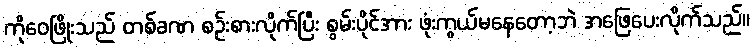
ကိုဝေဖြိုးသည် တစ်ခဏ စဉ်းစားလိုက်ပြီး စွမ်းပိုင်အား ဖုံးကွယ်မနေတော့ဘဲ အဖြေပေးလိုက်သည်။